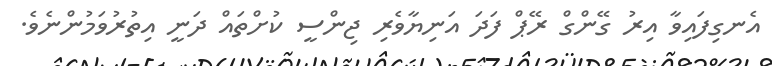
އެނގިފައިވާ އިރު ގޭންގް ރޭޕް ފަދަ އަނިޔާވެރި ޖިންސީ ކުށްތައް ދަނީ އިތުރުވަމުންނެވެ.